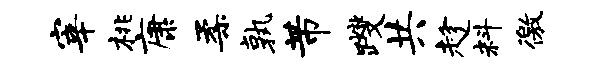
宰桃康柔孰芾躞共趁料徼